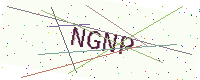
Text: NGNP